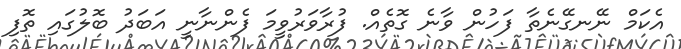
އެކަމް ނޭނގޭނެތާ ފަހުން ވާނެ ގޮތެއް. ފުރާވަރުވީމަ ފެންނާނީ އަބަދު ބޮލުގައި ތޮފި